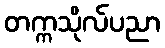
တက္ကသိုလ်ပညာ